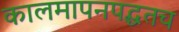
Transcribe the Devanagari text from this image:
कालमापनपद्धतच